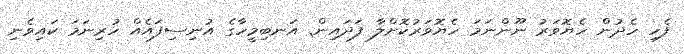
ފެހި ހެދުން ހެޔޮވަރު ނޫންނަމަ ހެޔޮވަރުކޮށްލާ ފަދައިން